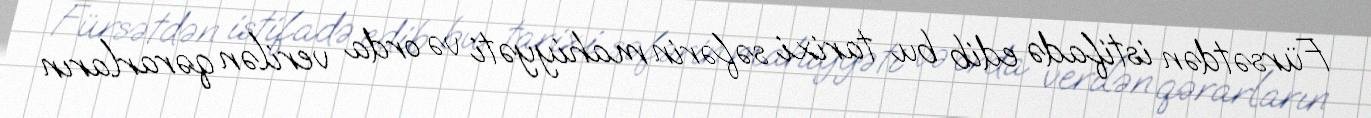
Fürsətdən istifadə edib bu tarixi səfərin mahiyyəti və orda verilən qərarların